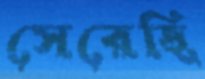
সেরেছি